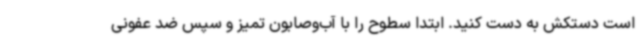
است دستکش به دست کنید. ابتدا سطوح را با آب‌وصابون تمیز و سپس ضد عفونی